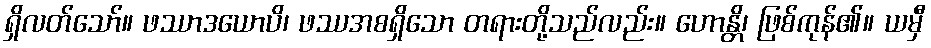
ရှိလတ်သော်။ ဖဿာဒယောပိ၊ ဖဿအစရှိသော တရားတို့သည်လည်း။ ဟောန္တိ၊ ဖြစ်ကုန်၏။ ယမှီ